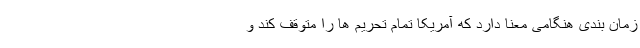
زمان بندی هنگامی معنا دارد که آمریکا تمام تحریم ها را متوقف کند و